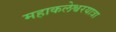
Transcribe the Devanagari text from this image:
महाकलेश्वरयात्रा